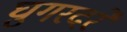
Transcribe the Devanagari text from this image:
घुगरदरे